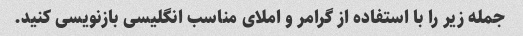
جمله زیر را با استفاده از گرامر و املای مناسب انگلیسی بازنویسی کنید.